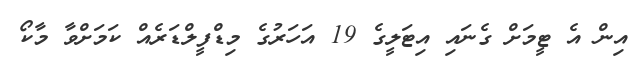
އިން އެ ޓީމަށް ގެނައި އިޓަލީގެ 19 އަހަރުގެ މިޑްފީލްޑަރެއް ކަމަށްވާ މާކޯ